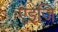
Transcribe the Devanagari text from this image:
एइजि